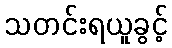
သတင်းရယူခွင့်